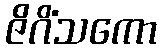
ဇိဂိံသကော